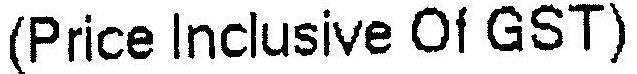
(PRICE INCLUSIVE OF GST)